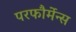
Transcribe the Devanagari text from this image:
परफौर्मेन्स